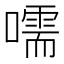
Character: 嚅